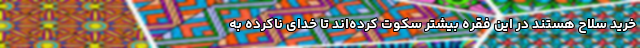
خرید سلاح هستند در این فقره بیشتر سکوت کرده‌اند تا خدای ناکرده به